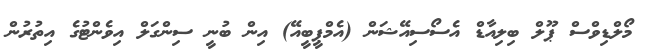
މޯލްޑިވްސް ޕޫލް ބިލިއާޑް އެސޯސިއޭޝަން (އެމްޕީބީއޭ) އިން ބުނީ ސިންގަލް އިވެންޓުގެ އިތުރުން